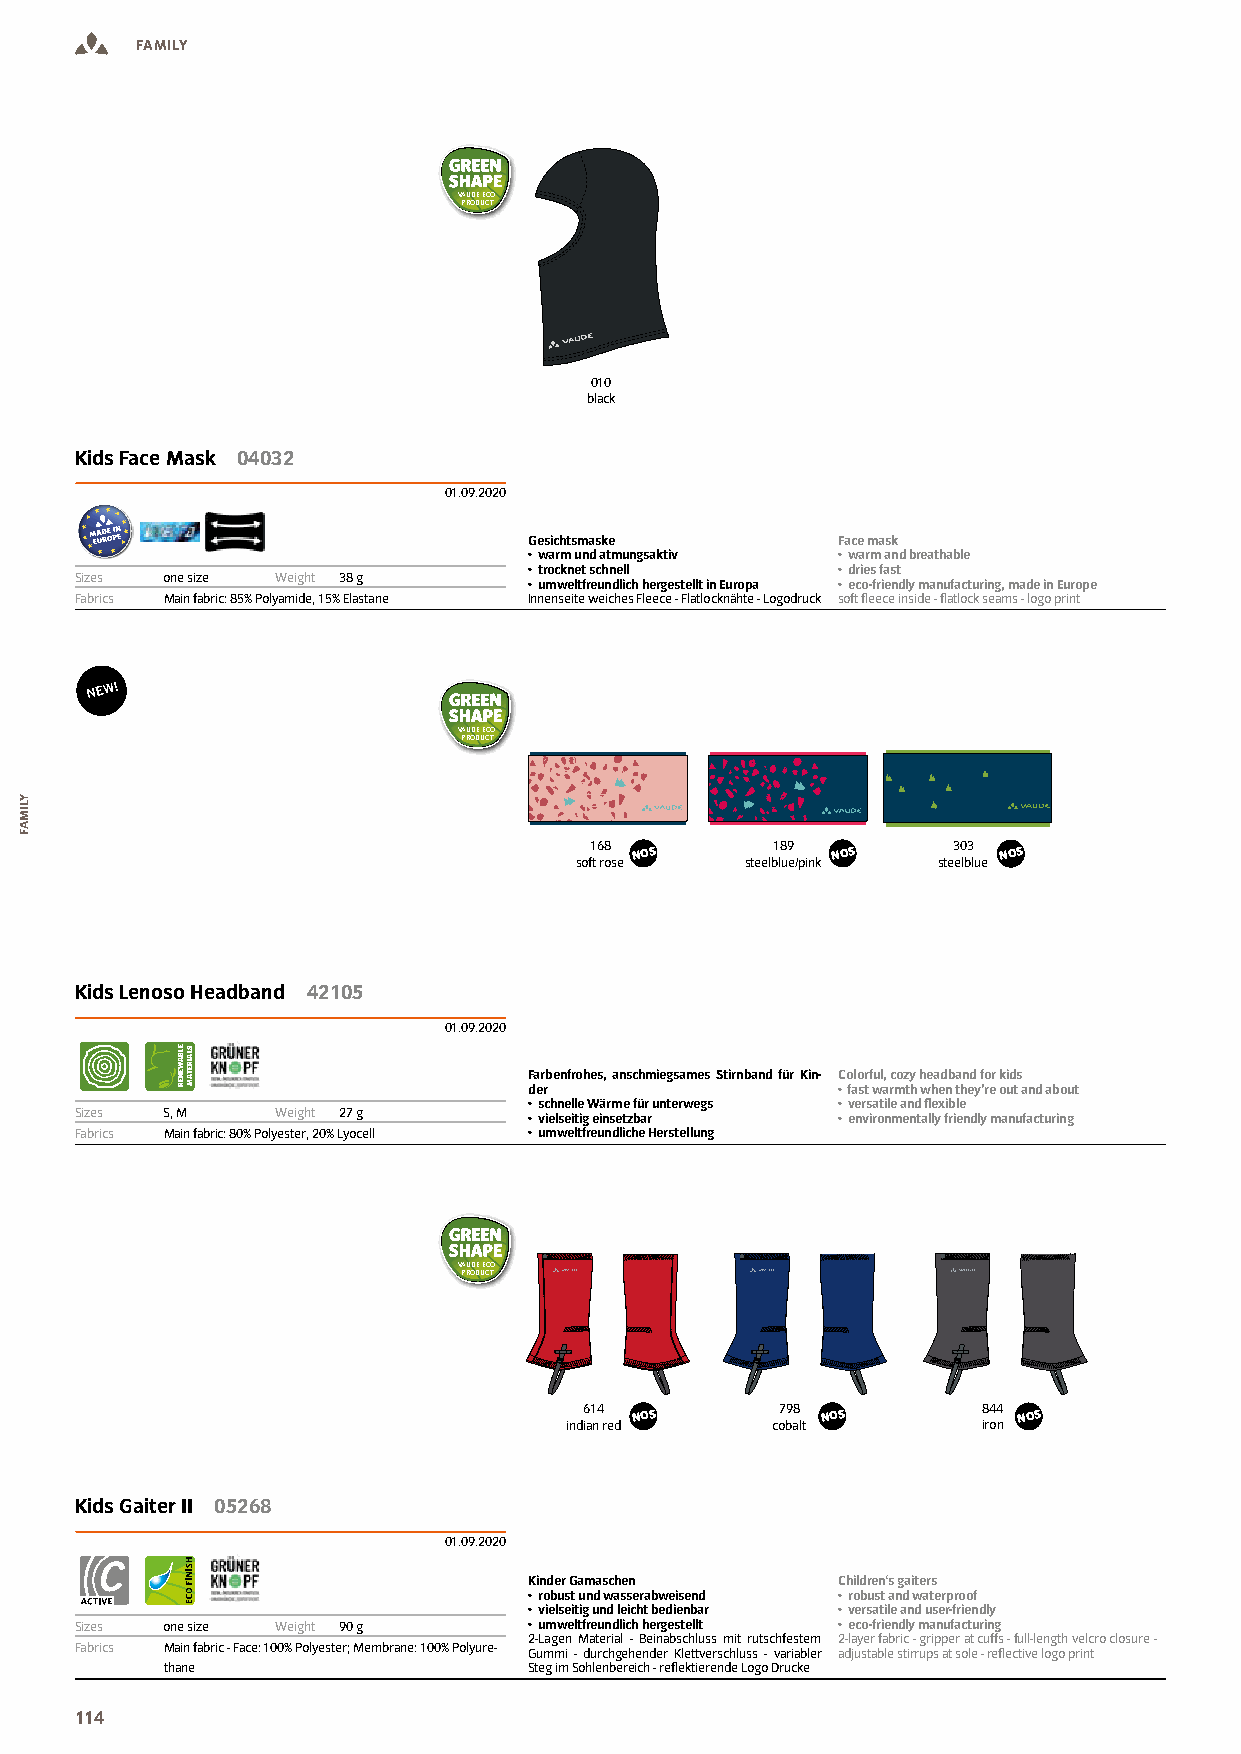
FAMILY
 VAUDE ECO
 PRODUCT
 010
 black
 Kids Face Mask 04032
 01.09.2020
 Gesichtsmaske       Face mask
 • warm und atmungsaktiv • warm and breathable
 • trocknet schnell  • dries fast
 Sizes one size Weight 38 g
 • umweltfreundlich hergestellt in Europa • eco-friendly manufacturing, made in Europe
 Fabrics Main fabric: 85% Polyamide, 15% Elastane Innenseite weiches Fleece - Flatlocknähte - Logodruck soft leece inside - latlock seams - logo print
 VAUDE ECO
 PRODUCT
 168 NOS     189 NOS     303 NOS
 soft rose  steelblue/pink steelblue
 Kids Lenoso Headband 42105
 01.09.2020
 Farbenfrohes, anschmiegsames Stirnband für Kin- Colorful, cozy headband for kids
 der                 • fast warmth when they’re out and about
 • schnelle Wärme für unterwegs • versatile and lexible
 Sizes S, M   Weight 27 g      • vielseitig einsetzbar • environmentally friendly manufacturing
 Fabrics Main fabric: 80% Polyester, 20% Lyocell • umweltfreundliche Herstellung
 VAUDE ECO
 PRODUCT
 614 NOS      798 NOS      844 NOS
 indian red    cobalt        iron
 Kids Gaiter II 05268
 01.09.2020
 Kinder Gamaschen    Children‘s gaiters
 • robust und wasserabweisend • robust and waterproof
 • vielseitig und leicht bedienbar • versatile and user-friendly
 Sizes one size Weight 90 g    • umweltfreundlich hergestellt • eco-friendly manufacturing
 2-Lagen Material - Beinabschluss mit rutschfestem 2-layer fabric - gripper at cuffs - full-length velcro closure -
 Fabrics Main fabric - Face: 100% Polyester; Membrane: 100% Polyure- Gummi - durchgehender Klettverschluss - variabler adjustable stirrups at sole - relective logo print
 thane                   Steg im Sohlenbereich - relektierende Logo Drucke
 114
 YLIMAF
 ELBAWENER SLAIRETAM